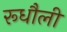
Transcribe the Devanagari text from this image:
रूधौली